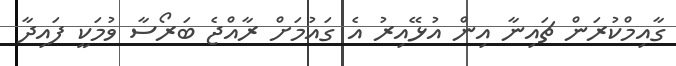
ގާއިމްކުރަން ޗައިނާ އިން އުޅޭއިރު އެ ގައުމަށް ރާއްޖެ ބަރޯސާ ވުމަކީ ފައިދާ